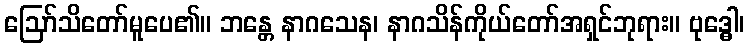
ဩော်သိတော်မူပေ၏။ ဘန္တေ နာဂသေန၊ နာဂသိန်ကိုယ်တော်အရှင်ဘုရား။ ဗုဒ္ဓေါ၊